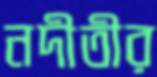
নদীতীর